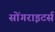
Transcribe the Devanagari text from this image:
सोंगराइटर्स